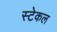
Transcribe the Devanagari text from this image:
स्टेकल